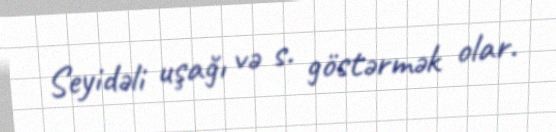
Seyidəli uşağı və s. göstərmək olar.